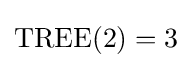
{\text{TREE}}(2)=3